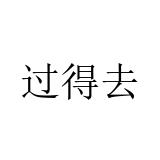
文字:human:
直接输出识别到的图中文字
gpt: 过得去